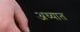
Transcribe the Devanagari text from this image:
अध्यात